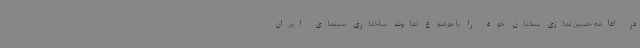
در ادامه حسین نمازی سخنان خود را با موضوع تفاوت ساختاری سینمای ایران